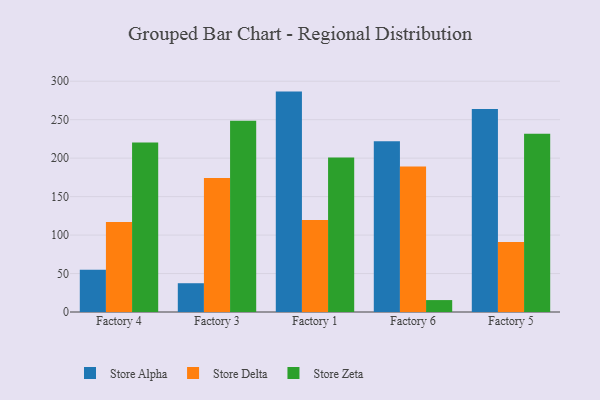
{"axis": {"x": "Factory", "y": "Energy Usage (MWh)"}, "legend": ["Store Alpha", "Store Delta", "Store Zeta"], "data": [{"x": "Factory 4", "y": 55.0, "type": "Store Alpha"}, {"x": "Factory 4", "y": 116.9, "type": "Store Delta"}, {"x": "Factory 4", "y": 220.2, "type": "Store Zeta"}, {"x": "Factory 3", "y": 37.4, "type": "Store Alpha"}, {"x": "Factory 3", "y": 174.2, "type": "Store Delta"}, {"x": "Factory 3", "y": 248.7, "type": "Store Zeta"}, {"x": "Factory 1", "y": 286.5, "type": "Store Alpha"}, {"x": "Factory 1", "y": 119.6, "type": "Store Delta"}, {"x": "Factory 1", "y": 200.8, "type": "Store Zeta"}, {"x": "Factory 6", "y": 222.0, "type": "Store Alpha"}, {"x": "Factory 6", "y": 189.2, "type": "Store Delta"}, {"x": "Factory 6", "y": 15.5, "type": "Store Zeta"}, {"x": "Factory 5", "y": 263.9, "type": "Store Alpha"}, {"x": "Factory 5", "y": 91.0, "type": "Store Delta"}, {"x": "Factory 5", "y": 231.7, "type": "Store Zeta"}]}